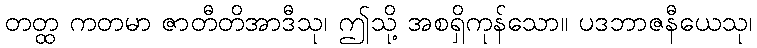
တတ္ထ ကတမာ ဇာတီတိအာဒီသု၊ ဤသို့ အစရှိကုန်သော။ ပဒဘာဇနီယေသု၊